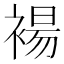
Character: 𫌅